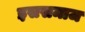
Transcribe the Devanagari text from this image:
इससमाज